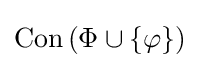
\operatorname {Con} \left(\Phi \cup \{\varphi \}\right)